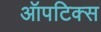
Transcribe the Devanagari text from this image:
ऑपटिक्स